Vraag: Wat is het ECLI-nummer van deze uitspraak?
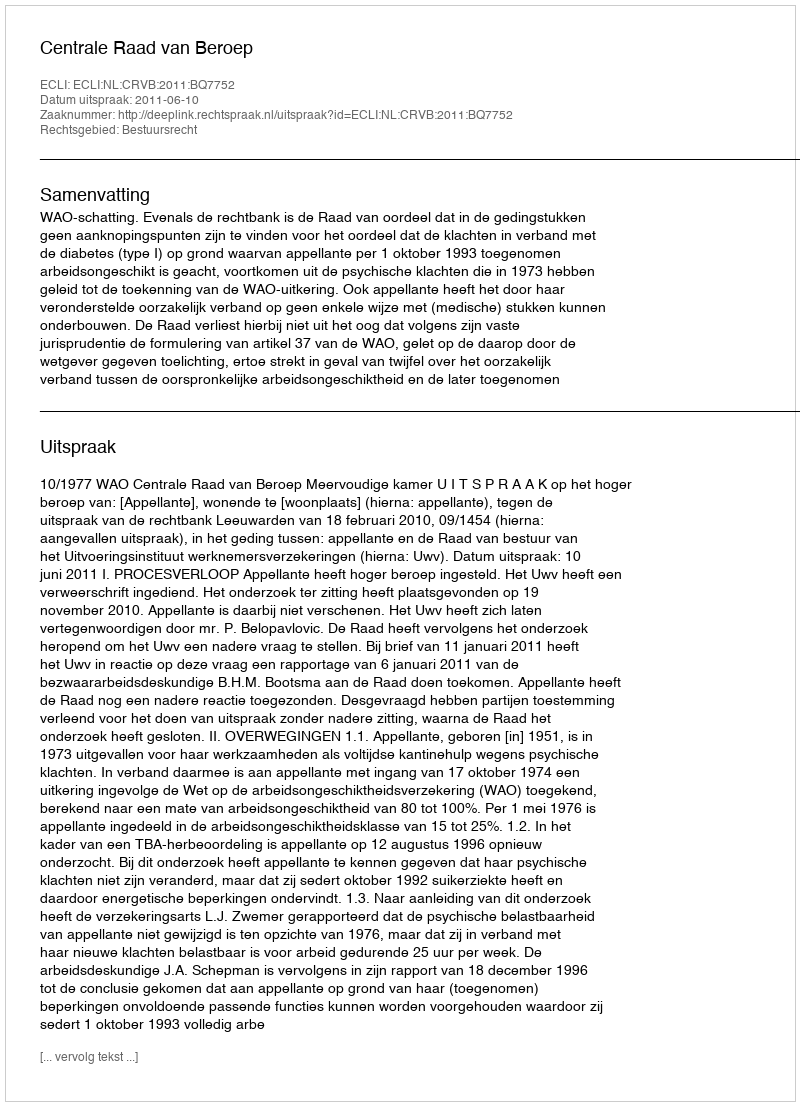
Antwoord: ECLI:NL:CRVB:2011:BQ7752